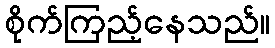
စိုက်ကြည့်နေသည်။